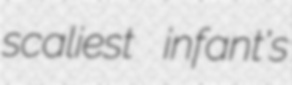
scaliest infant's